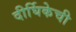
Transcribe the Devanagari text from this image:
दीर्घिकेची